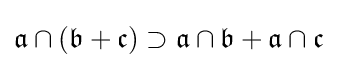
{\mathfrak {a}}\cap ({\mathfrak {b}}+{\mathfrak {c}})\supset {\mathfrak {a}}\cap {\mathfrak {b}}+{\mathfrak {a}}\cap {\mathfrak {c}}